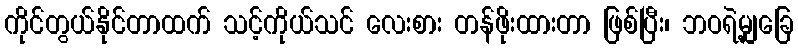
ကိုင်တွယ်နိုင်တာထက် သင့်ကိုယ်သင် လေးစား တန်ဖိုးထားတာ ဖြစ်ပြီး၊ ဘဝရဲ့မျှခြေ